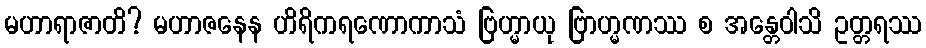
မဟာရာဇာတိ? မဟာဇနေန ဟိရိကရဏောကာသံ ဗြဟ္မာယု ဗြာဟ္မဏဿ စ အန္တေဝါသိ ဥတ္တရဿ